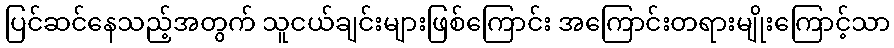
ပြင်ဆင်နေသည့်အတွက် သူငယ်ချင်းများဖြစ်ကြောင်း အကြောင်းတရားမျိုးကြောင့်သာ